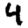
Digit: 4